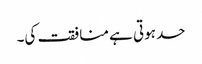
حد ہوتی ہے منافقت کی۔